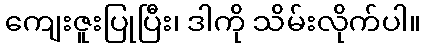
ကျေးဇူးပြုပြီး၊ ဒါကို သိမ်းလိုက်ပါ။